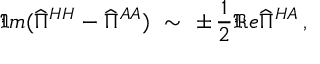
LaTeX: \Im m ( \widehat { \Pi } ^ { H H } - \widehat { \Pi } ^ { A A } ) \ \sim \ \pm \, \frac { 1 } { 2 } \Re e \widehat { \Pi } ^ { H A } \, ,